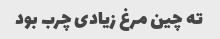
ته چین مرغ زیادی چرب بود